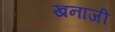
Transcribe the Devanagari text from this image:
खनाजी